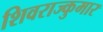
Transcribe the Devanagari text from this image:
शिवराज्कुमार